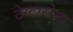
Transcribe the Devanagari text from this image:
टेस्टारोसा